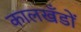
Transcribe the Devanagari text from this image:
कालखँडों